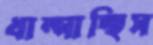
ধাম্‌সাচ্ছিস